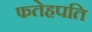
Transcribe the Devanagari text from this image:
फतेहपति